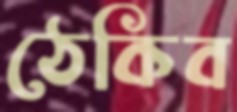
ঠেকিব